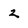
Character: 2